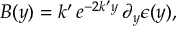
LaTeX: B ( y ) = k ^ { \prime } \, e ^ { - 2 k ^ { \prime } y } \, \partial _ { y } \epsilon ( y ) ,